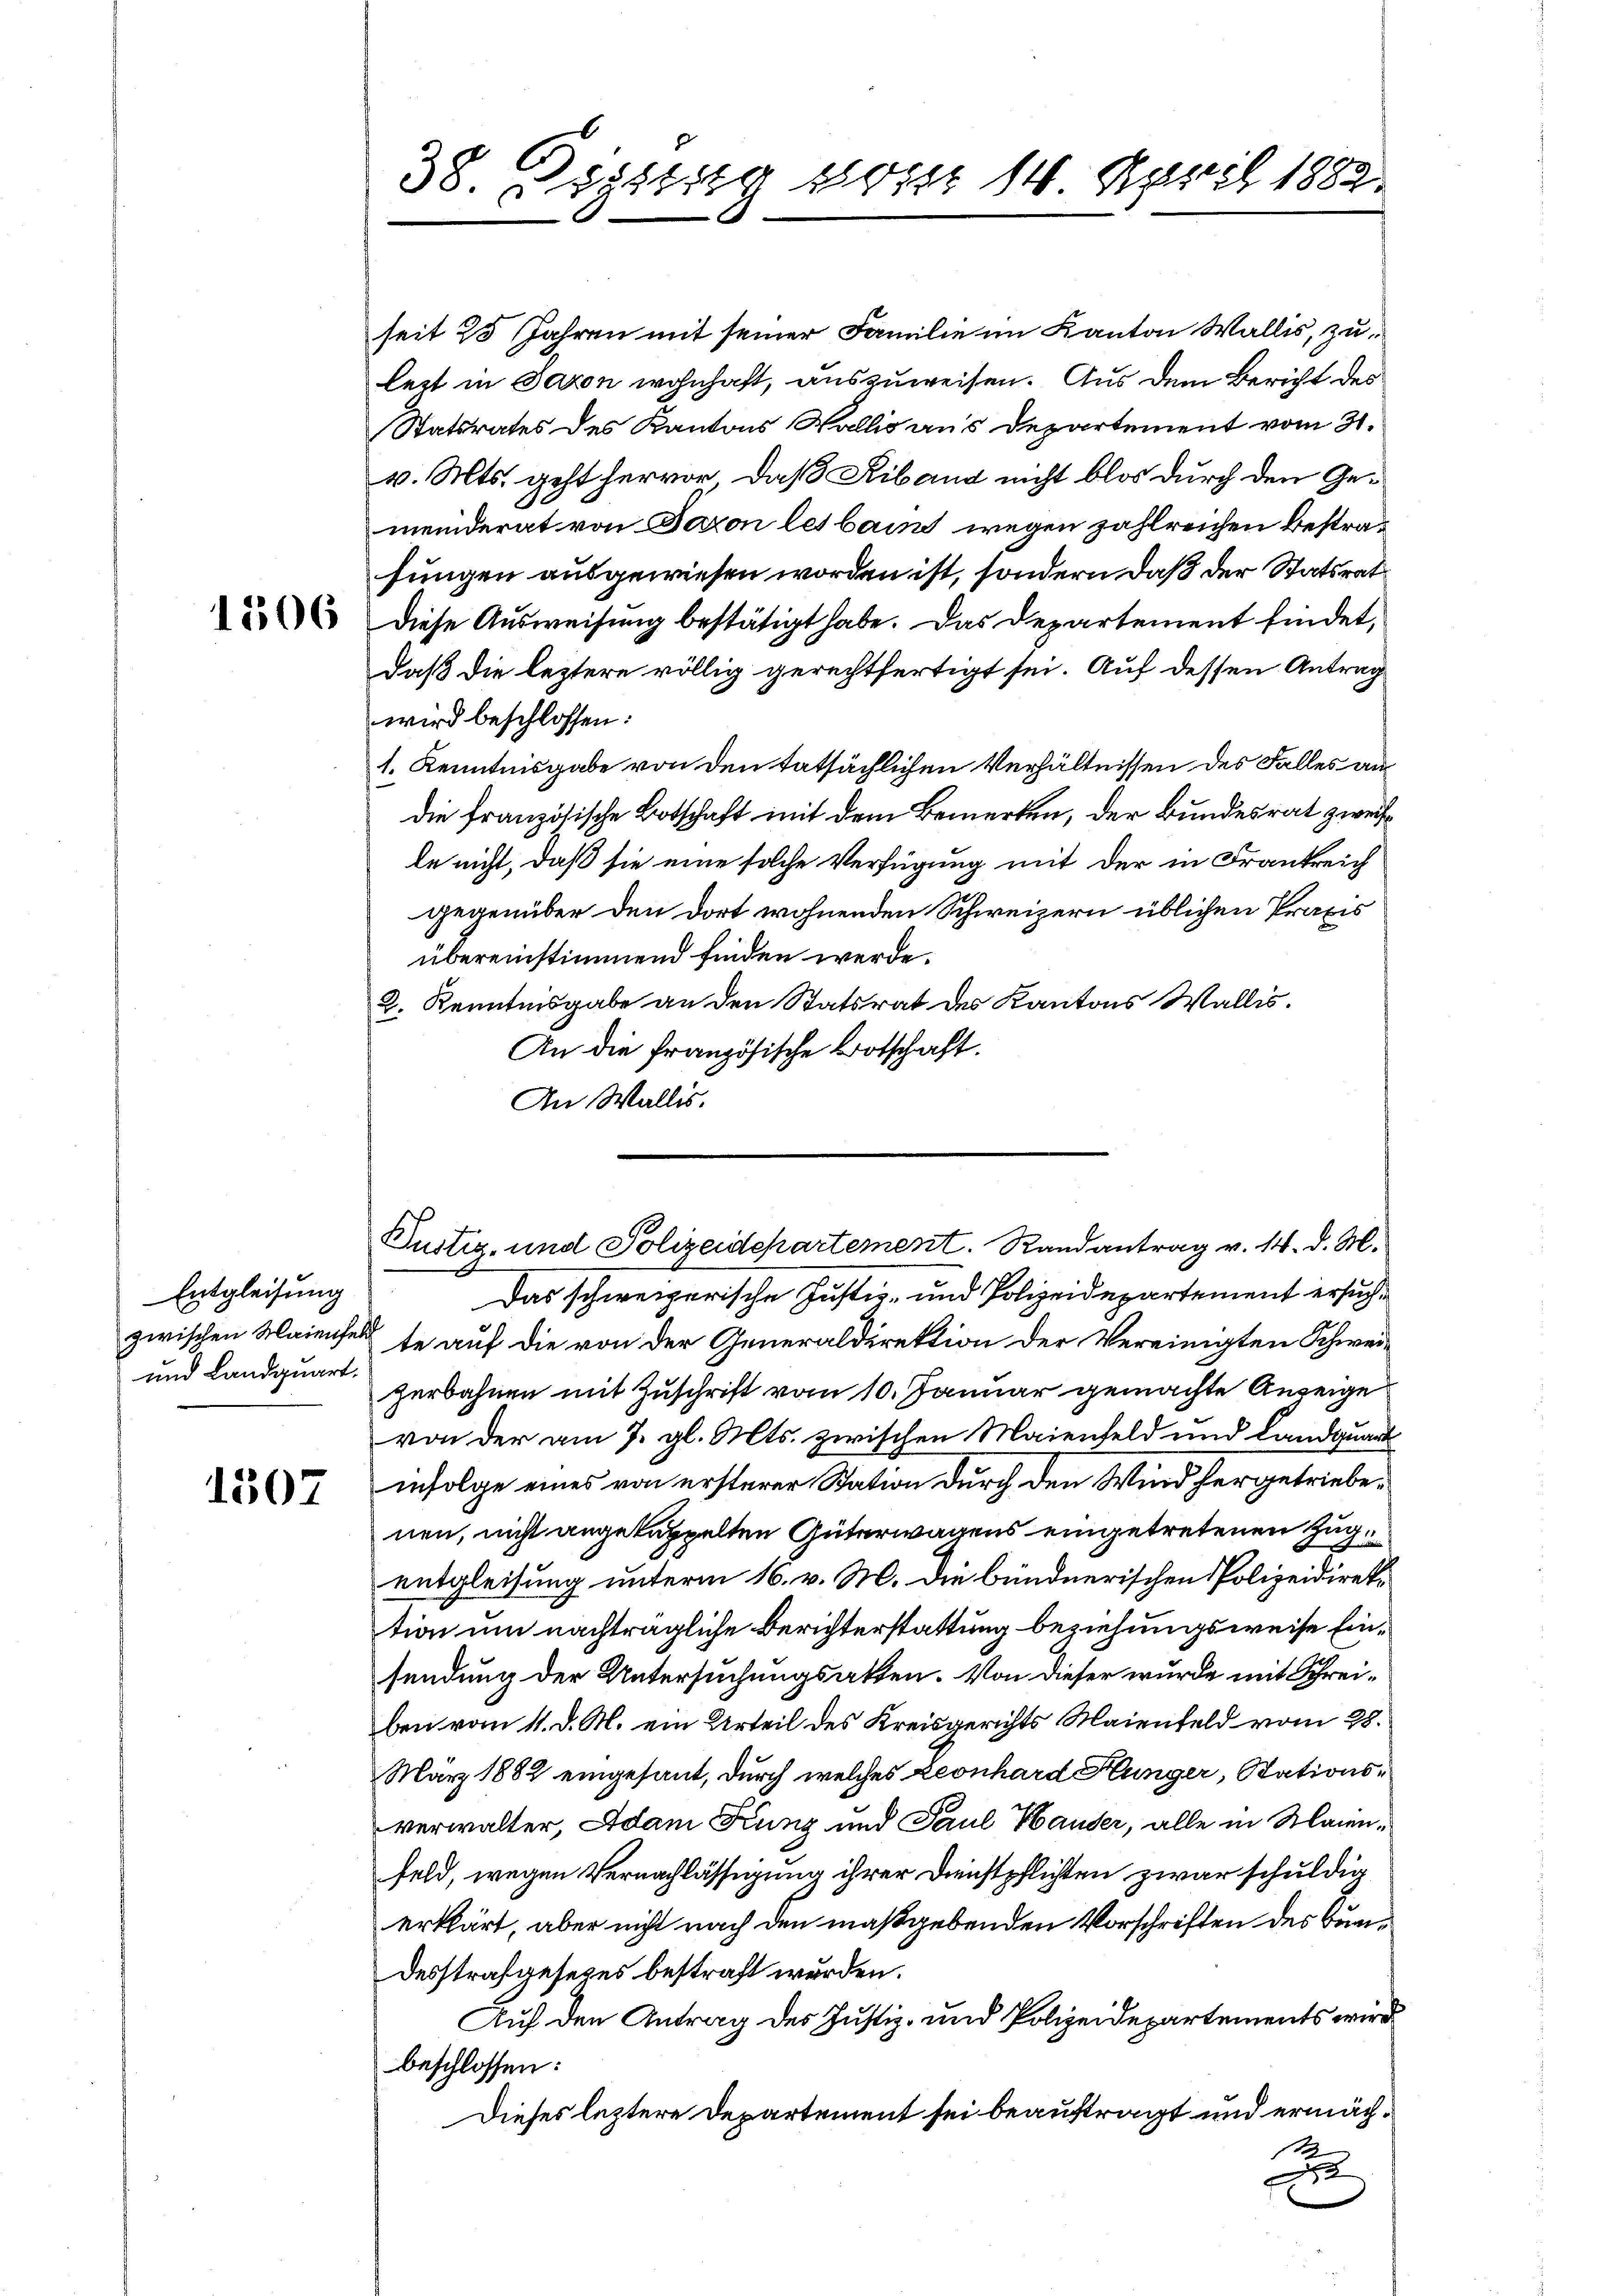
1506

Entgleisung
zwischen Maienhei
und Landquart.

1507

38. Dezstung von 14 April 1882.

seit 25 Jahren mit seiner Familie im Kanton Wallis, zulett in Saxon wohnhaft, auszuweisen. Aus dem Bericht des
Statsrates des Kantons Wallis aus Departement vom 31.
v. Mts. geht hervor, daß Riband nicht blos durch den Gemeinderat von Baron les bai wegen zahlreichen Bestrafungen ausgewiesen worden ist, sondern daß der Statsrat
Diese Ausweisung bestätigt habe. Das Departement findet,
daß die leztere völlig gerechtfertigt sei. Auf dessen Antrag
wird beschlossen:
1. Kenntnisgabe von den tatsächlichen Verhältnissen des Falles an
die französische Botschaft mit dem Bemerken, der Bundesrat zweile nicht, daß sie eine solche Verfügung mit der in Frankreich
gegenüber den dort wohnenden Schweizern üblichen Praxis
übereinstimmend finden werde.
2. Kenntnisgabe an den Statsrat des Kantons Wallis.
An die französische Botschaft.
An Wallis.
Das schweizerische Justiz- und Polizeidepartement ersuchte auf die von der Generaldirektion der Vereinigten Schweizerbahnen mit Zuschrift vom 10. Januar gemachte Anzeige
von der am 7. gl. Mts. zwischen Maienfeld und Landquart
infolge eines von ersterer Station durch den Wind hergetriebe
nen, nicht angekuppelten Güterwagens eingetretenen Zugentgleisung unterm 16. v. M. die bündnerischen Polizeidirektion um nachträgliche Berichterstattung beziehungsweise Einsendung der Untersuchungsakten. Von dieser wurde mit Schreiben vom 11. d. M. ein Urteil des Kreisgerichts Maienfeld vom 28.
März 1882 eingesant, durch welches Leonhard Hunger, Stationsverwalter, Adam Kunz und Paul Hauser, alle in Maienfeld, wegen Vernachlässigung ihrer Dienstpflichten zwar schuldig
erklärt, aber nicht nach den maßgebenden Vorschriften des Bundesstrafgesezes bestraft werden.
Auf den Antrag des Justiz- und Polizeidepartements wird
beschlossen:
Dieses leztere Departement sei beauftragt und ermäch¬
1
e

Tustiz- und Polizeidepartement. Randantrag v. 14. d. M.